Lunatic asylums Punjab 1868-1880 - 1868-1880
Year: 1868
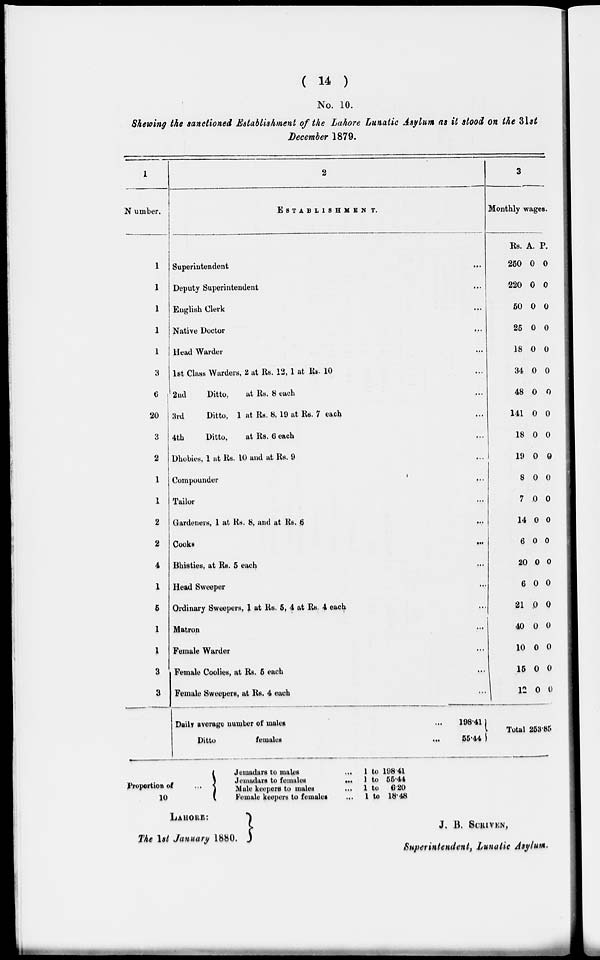
( 14 )
No. 10.
Skewing the sanctioned Establishment of the Lahore Lunatic Asylum as it stood on the 31st
December 1879.
1
Number.
1
1
1
1
1
3
6
20
3
2
1
1
2
2
4
1
6
1
1
3
3
2
ESTABLISHMENT.
Superintendent
Deputy Superintendent
English Clerk
Native Doctor
Head Warder
1st Class Warders, 2 at Rs. 12, 1 at Rs. 10
2nd
Ditto,
at Rs. 8 each
3rd
Ditto, 1 at Rs. 8, 19 at Rs. 7 each
4th
Ditto,
at Rs. 6 each
Dhobies, 1 at Rs. 10 and at Rs. 9
Compounder
Tailor
Gardeners, 1 at Rs. 8, and at Rs. 6
Cooks
Bhisties, at Rs. 5 each
Head Sweeper
Ordinary Sweepers, 1 at Rs. 5, 4 at Rs. 4 each
Matron
Female Warder
Female Coolies, at Rs. 5 each
Female Sweepers, at Rs. 4 each
Daily average number of males ...
Ditto
females
...
...
...
...
...
...
...
...
...
...
...
...
...
...
...
...
...
...
...
...
...
...
198.41
55.44
3
Monthly wages.
Rs.
250
220
50
25
18
34
48
141
18
19
8
7
14
6
20
6
21
40
10
15
12
Total
A.
0
0
0
0
0
0
0
0
0
0
0
0
0
0
0
0
0
0
0
0
0
P.
0
0
0
0
0
0
0
0
0
0
0
0
0
0
0
0
0
0
0
0
0
253.85
proportion of
...
10
Jemadars to males
Jemadars to females
Male keepers to males
Female keepers to females
...
...
...
...
1
1
1
1
to
to
to
to
19841
55.44
6.20
18.48
LAHORE:
The 1stJanuary 1880.
J. B. SCRIVEN,
Superintendent, Lunatic Asylum.